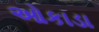
ઓકાડા